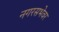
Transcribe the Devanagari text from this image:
नगरसभेवर